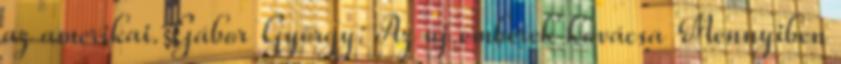
az amerikai. Gábor György: Az új emberek kovácsa Mennyiben